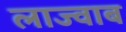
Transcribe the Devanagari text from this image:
लाज्वाब